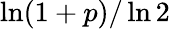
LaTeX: \ln(1+p)/\ln 2